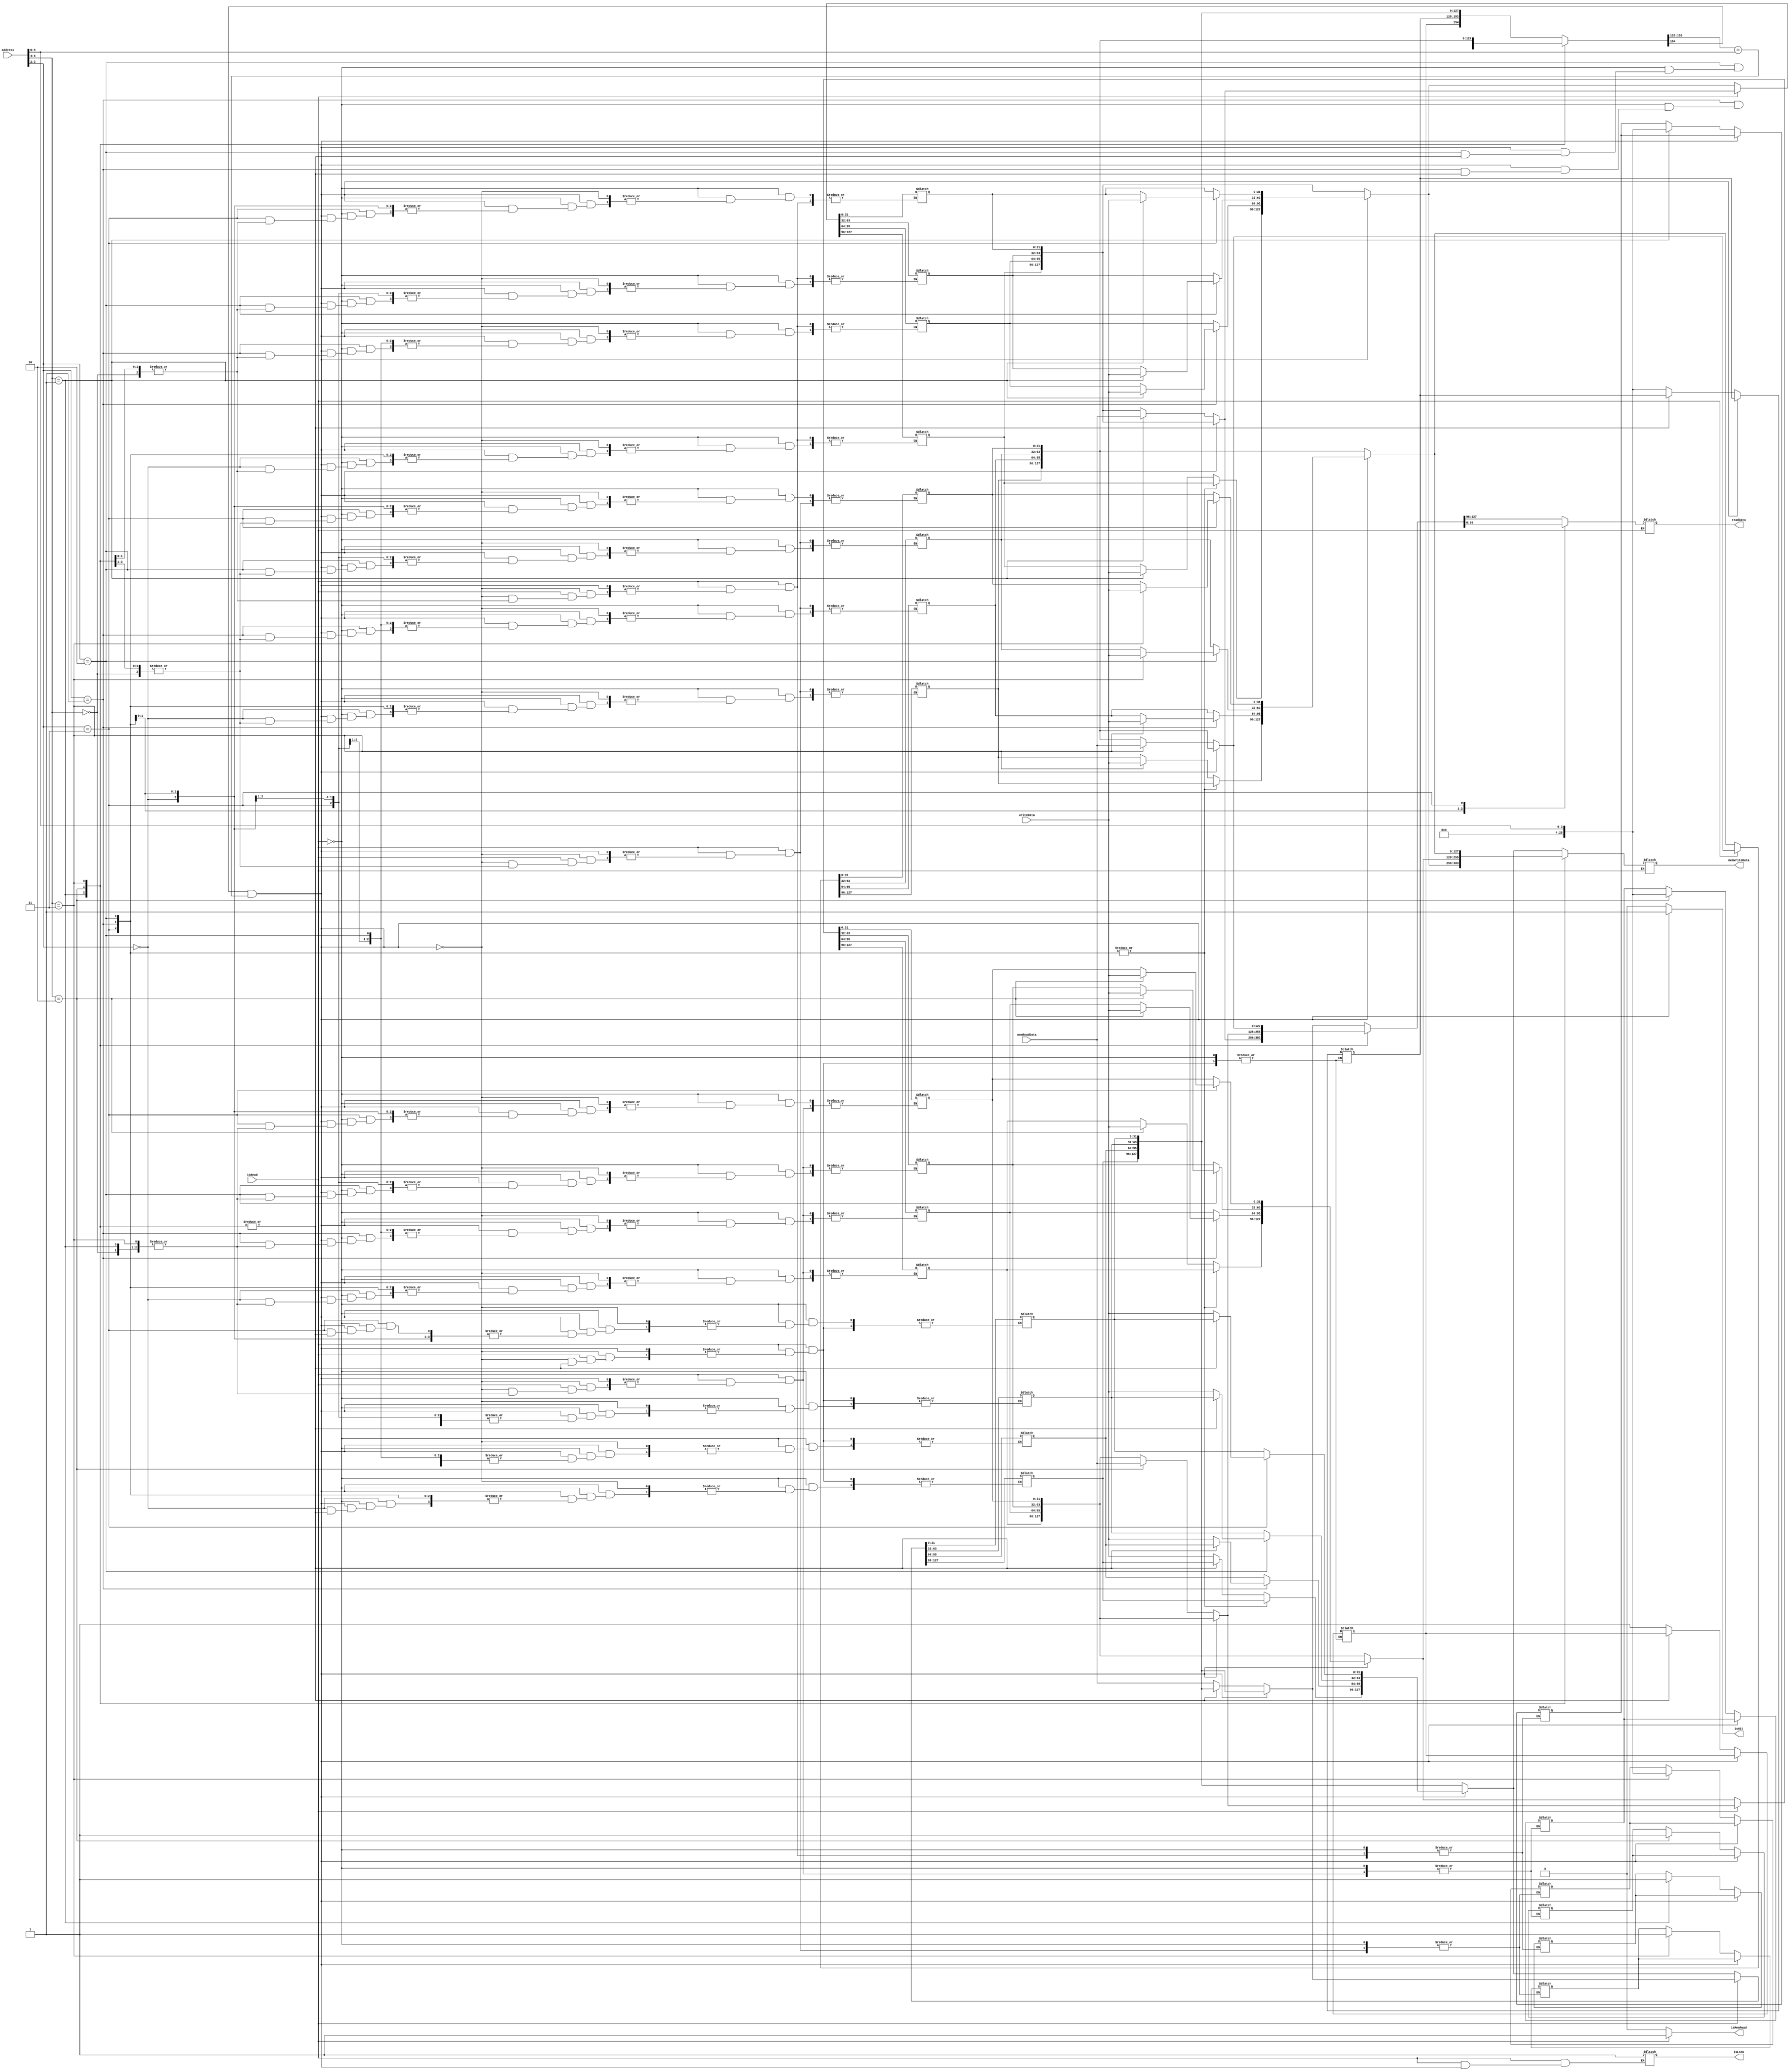
module cache_1a(
  // with cpu
  input isRead,
  input [9:0] address,
  input [31:0] writeData,
  output reg [31:0] readData,
  output reg isHit,
  // with main memory
  output reg isMemRead,
  output reg [127:0] memWriteData,
  output reg isLock,
  input [127:0] memReadData
);

  reg [154:0] block [3:0];

  integer i;
  initial begin
    for (i=0; i<4; i=i+1) begin
      block[i] = 0;
    end
    isMemRead = 1;
    memWriteData = 0;
    isLock = 1;
  end

  reg [25:0] tag;
  reg [1:0] index;
  reg [1:0] wordOffset;
  always @(*) begin
    /* parse the address */
    tag = {0,address[9:6]};
    index = address [5:4];
    wordOffset = address[3:2];

    if (isRead == 1) begin // read
      /* check the cache block */
      isMemRead = 1;
      if (block[index][154]==1 && block[index][153:128]==tag) begin // hit
        isHit = 1;
      end else begin // miss
        /* call main memory */
        isHit = 0;
        isLock = 0;
        #1; // wait for main memory to respond
        isLock = 1;
        /* update the block */
        block[index][154] = 1;
        block[index][153:128] = tag;
        block[index][127:0] = memReadData; // we update the whole block
      end
      /* update the output */
      case(wordOffset)
        2'b00: readData = block[index][127:96];
        2'b01: readData = block[index][95:64];
        2'b10: readData = block[index][63:32];
        2'b11: readData = block[index][31:0];
      endcase
    end else begin // write
      isMemRead = 0;
      // readData = 0; // do not clear readData if the mode is switched to write
      if (block[index][154]==1 && block[index][153:128]==tag) begin // hit
        isHit = 1;
        case(wordOffset)
          2'b00: block[index][127:96] = writeData;
          2'b01: block[index][95:64] = writeData;
          2'b10: block[index][63:32] = writeData;
          2'b11: block[index][31:0] = writeData;
        endcase
      end else begin
        isHit = 0;
      end
        memWriteData = block[index][127:0]; // we write the whole block
        isLock = 0;
        #1;
        isLock = 1;
    end
  end

endmodule